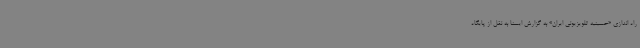
راه اندازی «حسینیه تلویزیونی ایران» به گزارش ایسنا به نقل از پایگاه